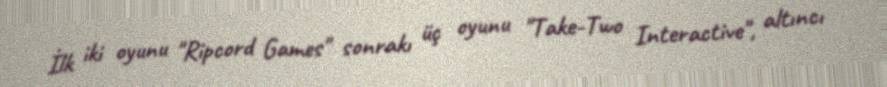
İlk iki oyunu "Ripcord Games" sonrakı üç oyunu "Take-Two Interactive", altıncı